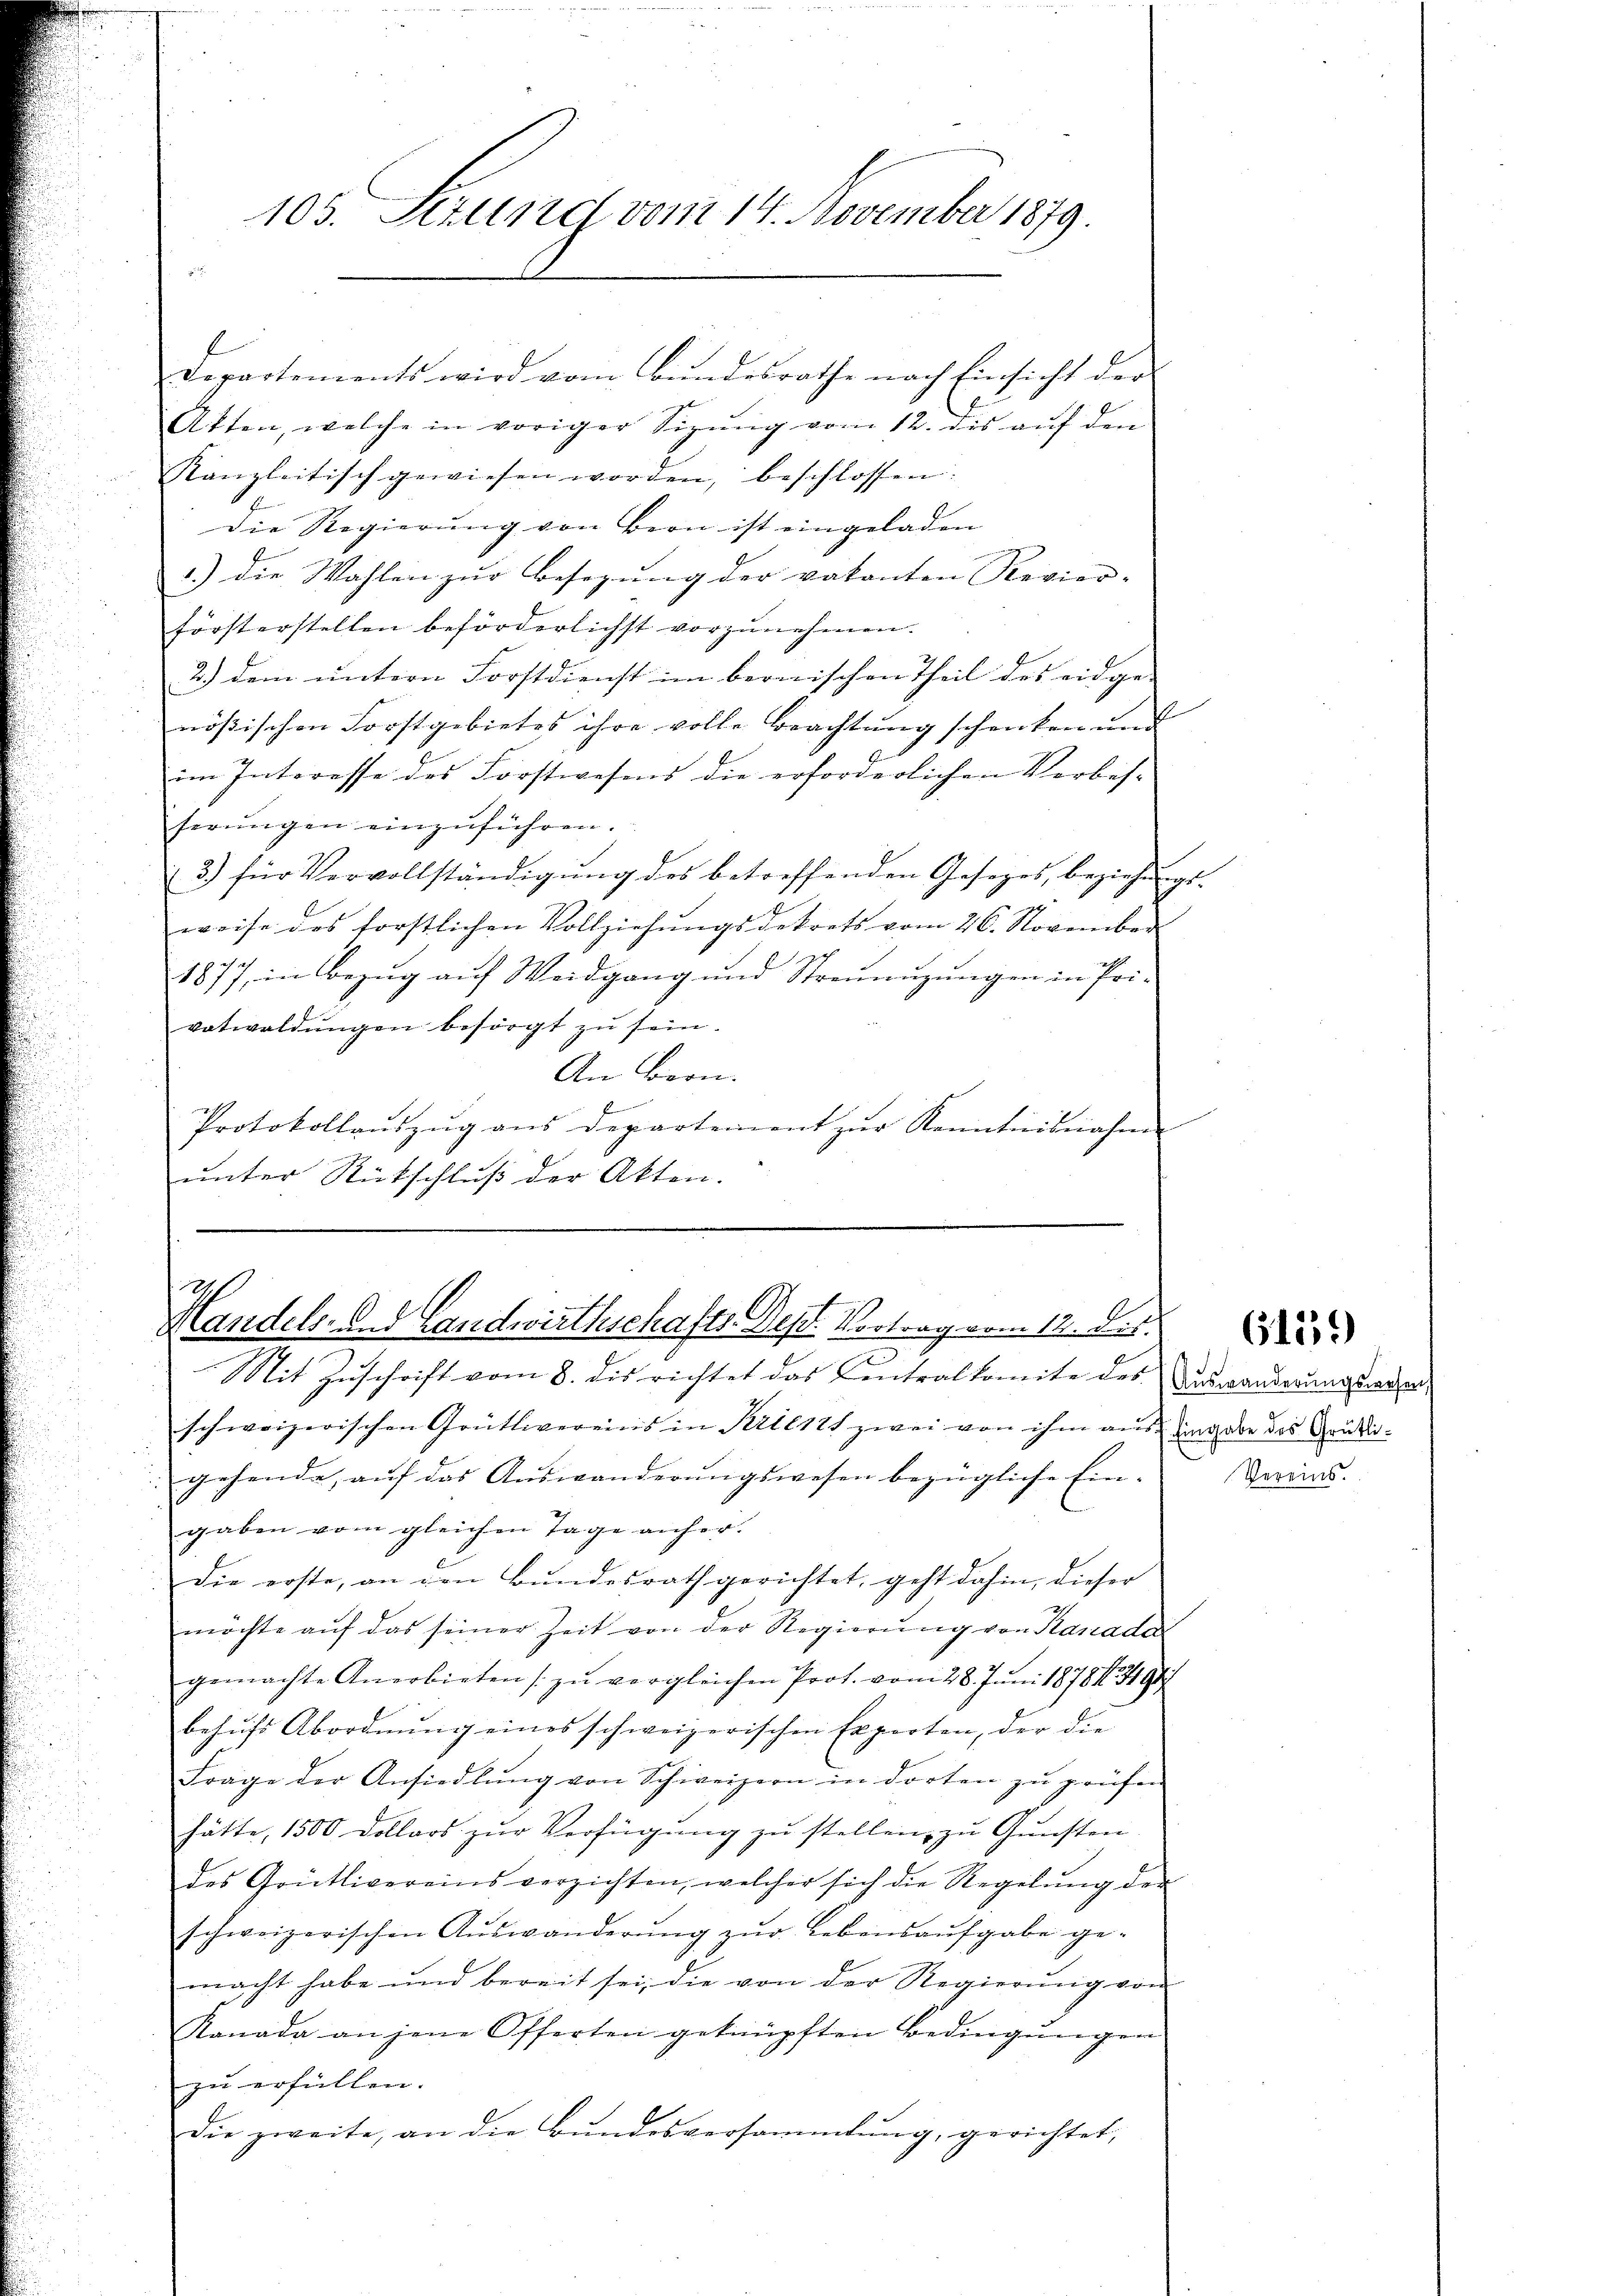
105. Setzung vom 14. November 1879.

l
Departements wird vom Bŭndesrathe nach Einsicht der
Atten, welche in voriger Sizŭng vom 12. des aŭf den
Kanzleitisch gewiesen worden, beschlossen:
Die Regierŭng von Bern ist eingeladen
1.) die Wahlen zŭr Besegŭng der vakanten Revier-
försterstellen beförderlichst vorzunehmen.
2.) Dem untern Forstdienst im bernischen Theil des eidge-
rößischen Forstgebietes ihre volle Beachtung schenken und
im Interesse des Forstwesens die erforderlichen Verbes-
serŭngen einzŭführen.
3.) für Vervollständigŭng des betreffenden Gesetzes, beziehŭngs-
weise des forstlichen Vollziehŭngsdekrets vom 26. November
1877, in Bezug auf Weidgang und Streunigungen in Pri-
votwaldŭngen besorgt zŭ sein.
An Bern.
Protokollaŭszŭg ans Departement zŭr Kenntnisnahme
unter Rückschluß der Akten.

Ich
Handels- und Landwirthschafts-Dept. Vortrag vom 12. der
Mit Zŭschrift vom 8. des richtet das Centralkomite des Auswanderungswesen,

schweizerischen Grütlereins in Priest zwei von ihm aŭs eingabe des Grütli-
gehende aŭf das Aŭswanderŭngswesen bezügliche Ein- Vereins.
gaben vom gleichen Tage anher.
Die erste, an den Bundesrath gerichtet, geht dahin, dieser
möchte aŭf das seiner Zeit von der Regierŭng von Kanada
gemachte Anerbieten zŭ vergleichen Prot. vom 28. Juni 1878. 849
behŭfs Abordnŭng eines schweizerischen Experten, der die
Frage der Ansiedlŭng von Schweizern in dorten zŭ prüfen
hätte, 1500 Dollars zur Verfügung zu stellen, zu Gunsten
des Grütlivereins verzichten, welcher sich die Regelŭng der
schweizerischen Aŭswanderŭng zŭr Lebensaufgabe ge-
macht habe und bereit sei, die von der Regierung von
Kanada an jene Offerten geknüpften Bedingŭngen
zu erfüllen.
Die zweite, an die Bundesversammlung, gerichtet,